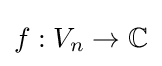
{\textstyle f:V_{n}\to \mathbb {C} }